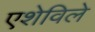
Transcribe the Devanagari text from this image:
एशेविले